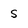
Character: S